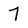
Character: 7